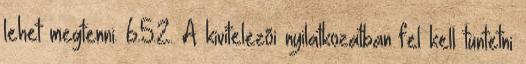
lehet megtenni. 6.5.2. A kivitelezõi nyilatkozatban fel kell tüntetni